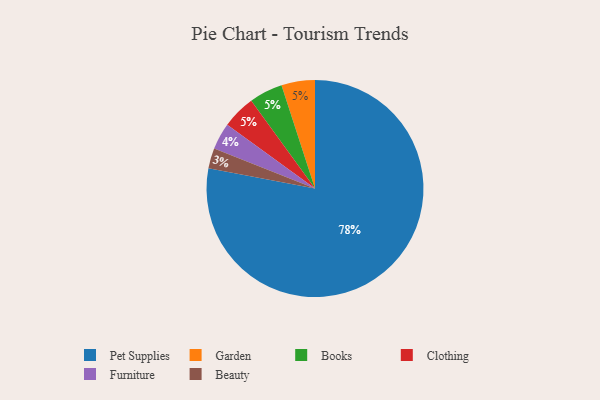
{"axis": {"x": "Category", "y": "Percentage"}, "legend": ["Beauty", "Books", "Clothing", "Furniture", "Garden", "Pet Supplies"], "data": [{"x": "Pet Supplies", "y": 78, "type": "Pet Supplies"}, {"x": "Garden", "y": 5, "type": "Garden"}, {"x": "Beauty", "y": 3, "type": "Beauty"}, {"x": "Furniture", "y": 4, "type": "Furniture"}, {"x": "Books", "y": 5, "type": "Books"}, {"x": "Clothing", "y": 5, "type": "Clothing"}]}